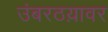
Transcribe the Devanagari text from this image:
उंबरठय़ावर